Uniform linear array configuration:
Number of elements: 64
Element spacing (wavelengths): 1
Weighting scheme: kaiser
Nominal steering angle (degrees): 30
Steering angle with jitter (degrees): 29.822
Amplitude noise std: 0.05
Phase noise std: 0.05

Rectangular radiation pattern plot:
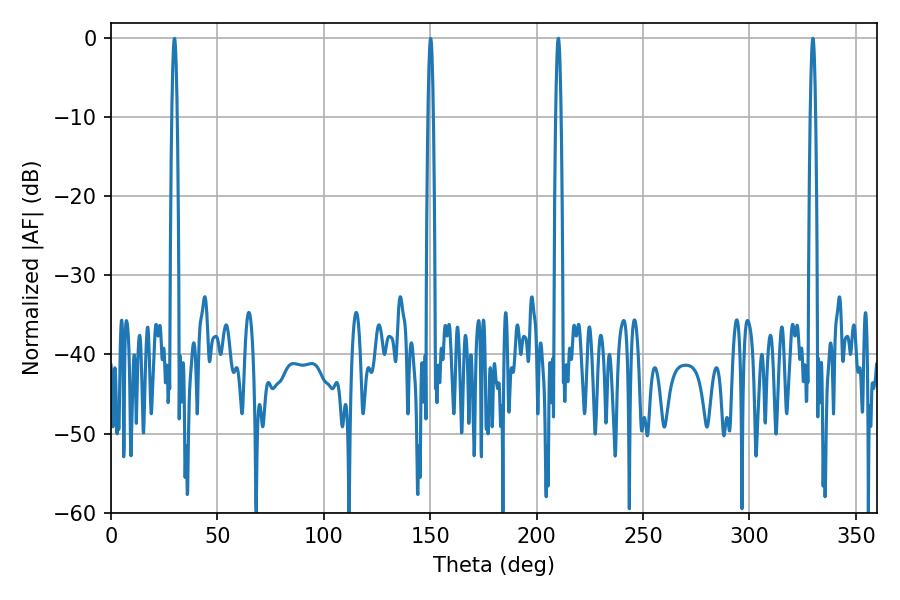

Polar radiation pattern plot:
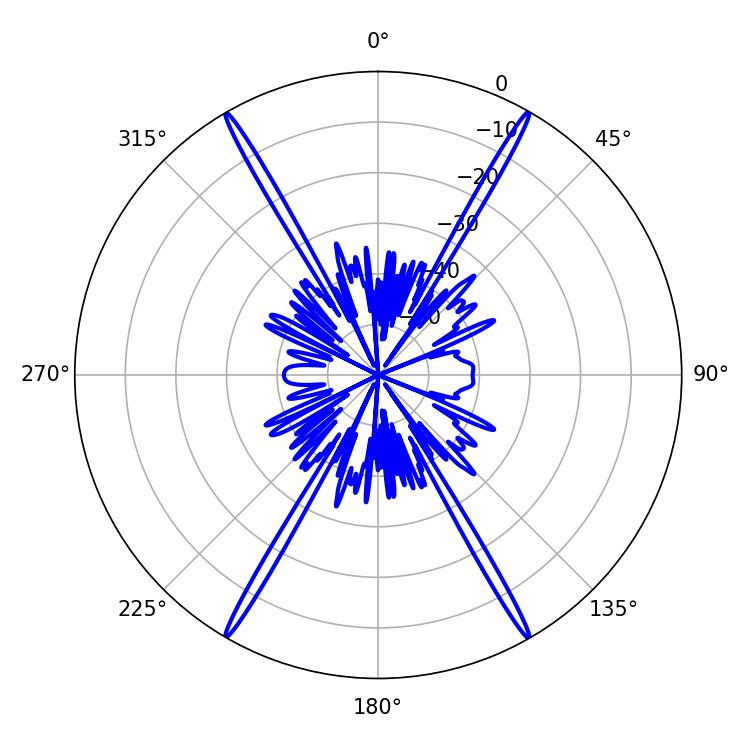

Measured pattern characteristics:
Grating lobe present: TRUE
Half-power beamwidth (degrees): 1.26
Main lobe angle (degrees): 210.24